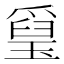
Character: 𤨐